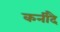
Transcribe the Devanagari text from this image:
कनीदै